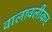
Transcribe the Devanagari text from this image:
वालावलीकर